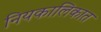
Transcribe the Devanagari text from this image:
नियकालिकात